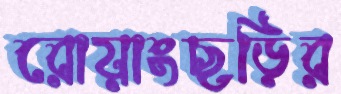
রোয়াংছড়ির